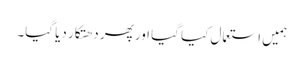
ہمیں استعمال کیا گیا اور پھر دھتکار دیا گیا۔